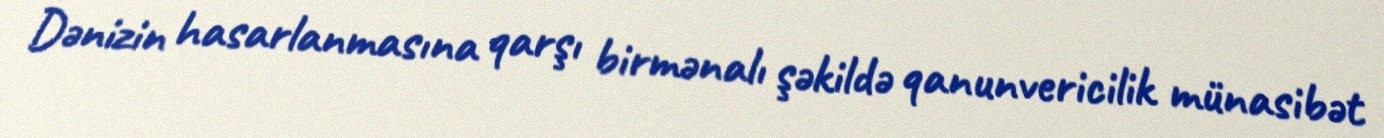
Dənizin hasarlanmasına qarşı birmənalı şəkildə qanunvericilik münasibət